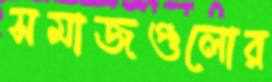
সমাজগুলোর